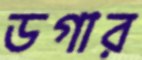
ডগার